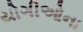
યોગીઓના